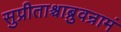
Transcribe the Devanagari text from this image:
सुप्रीताश्चाब्रुवन्रामं